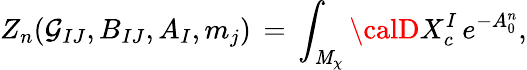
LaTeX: Z_{n}(\mathcal{G}_{IJ},B_{IJ},A_{I},m_{j})\, =\, \int_{\mathit{M}_{\chi}}{\calD}X_{c}^{I}\, e^{-A_{0}^{n}},